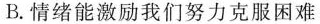
B.情绪能激励我们努力克服困难